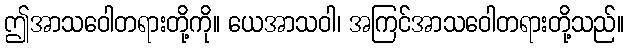
ဤအာသဝေါတရားတို့ကို။ ယေအာသဝါ၊ အကြင်အာသဝေါတရားတို့သည်။